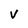
Character: V